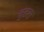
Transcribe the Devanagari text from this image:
वुडस